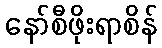
နော်စီဖိုးရာစိန်